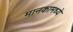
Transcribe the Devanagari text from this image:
मानकामध्ये